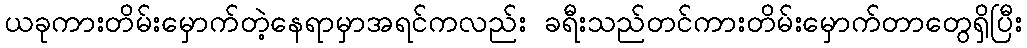
ယခုကားတိမ်းမှောက်တဲ့နေရာမှာအရင်ကလည်း ခရီးသည်တင်ကားတိမ်းမှောက်တာတွေရှိပြီး